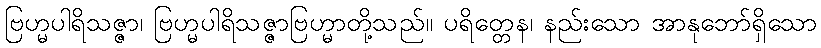
ဗြဟ္မပါရိသဇ္ဇာ၊ ဗြဟ္မပါရိသဇ္ဇာဗြဟ္မာတို့သည်။ ပရိတ္တေန၊ နည်းသော အာနုဘော်ရှိသော